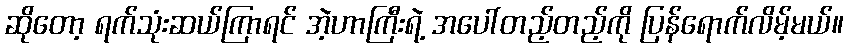
ဆိုတော့ ရက်သုံးဆယ်ကြာရင် အဲ့ဟာကြီးရဲ့ အပေါ်တည့်တည့်ကို ပြန်ရောက်လိမ့်မယ်။